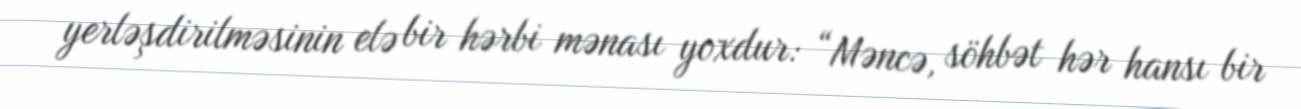
yerləşdirilməsinin elə bir hərbi mənası yoxdur: “Məncə, söhbət hər hansı bir